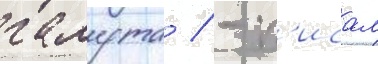
галута / - п'исал